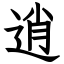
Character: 逍